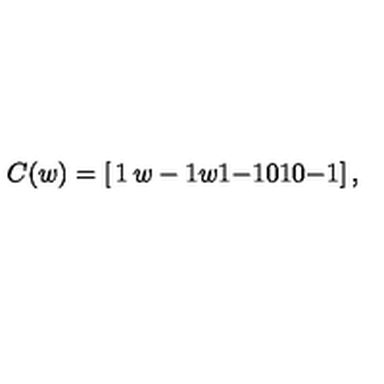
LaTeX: C ( w ) = \left[ \begin{matrix} { 1 } & { w - 1 } & { w } \\ { 1 } & { - 1 } & { 0 } \\ { 1 } & { 0 } & { - 1 } \\ \end{matrix} \right] ,